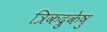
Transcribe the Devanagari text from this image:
त्रिकद्रुकेषु